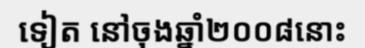
ទៀត នៅចុងឆ្នាំ២០០៨នោះ